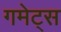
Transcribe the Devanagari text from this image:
गमेट्स